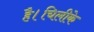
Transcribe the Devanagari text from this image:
है।चिलीके